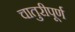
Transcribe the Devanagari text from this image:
चातुरीपूर्ण